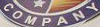
COMPANY